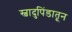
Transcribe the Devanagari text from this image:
स्वादुपिंडातून